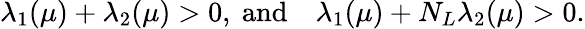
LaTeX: \begin{array}{cc}{{\lambda_{1}(\mu)+\lambda_{2}(\mu)>0,~\mathrm{and}}}&{{\lambda_{1}(\mu)+N_{L}\lambda_{2}(\mu)>0.}}\end{array}